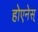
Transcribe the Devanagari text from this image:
होएनेस्